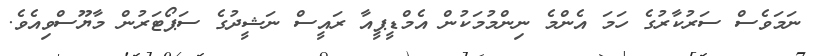
ނަމަވެސް ސަރުކާރުގެ ހަމަ އެންމެ ނިންމުމަކުން އެމްޑީޕީއާ ރައީސް ނަޝީދުގެ ސަޕޯޓަރުން މާޔޫސްވިއެވެ.